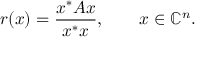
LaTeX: r ( x ) = { \frac { x ^ { * } A x } { x ^ { * } x } } , \qquad x \in \mathbb { C } ^ { n } .